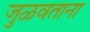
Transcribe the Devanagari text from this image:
जुळवताना